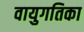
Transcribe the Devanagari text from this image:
वायुगतिका